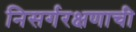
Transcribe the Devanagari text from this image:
निसर्गरक्षणाची